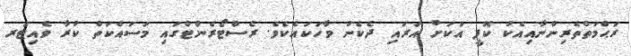
ރަޙްމަތްތެރިންނާއިއެކު ކޮފީ އަކަށް އަރައި ދެކެނު ވާހަކައެކެވެ. ރެސްޓޯރެންޓްގައި މަސައްކަތް ކުރާ ވެއިޓަރ